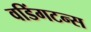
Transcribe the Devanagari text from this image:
वडिंगटन्स